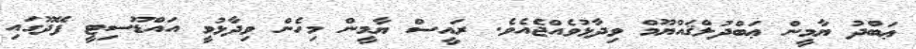
ޢަބްދު ޔާމީން ޢަބްދުލްޤައްޔޫމް ވިދާޅުވެއްޖެއެވެ. ރައީސް ޔާމީން މިހެން ވިދާޅުވީ އައްޑޫސިޓީ ފޭދޫގައި